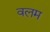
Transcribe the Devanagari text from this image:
वलम